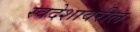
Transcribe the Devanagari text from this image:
स्वदेशावरील